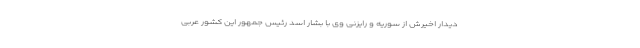
دیدار اخیرش از سوریه و رایزنی وی با بشار اسد رئیس جمهور این کشور عربی